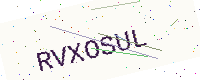
Text: RVXOSUL